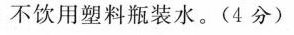
不饮用塑料瓶装水。(4分)